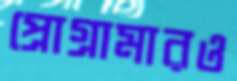
প্রোগ্রামারও